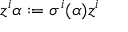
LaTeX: z ^ { i } \alpha : = \sigma ^ { i } ( \alpha ) z ^ { i }